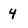
Character: 4